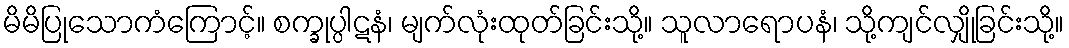
မိမိပြုသောကံကြောင့်။ စက္ခုပ္ပါဋနံ၊ မျက်လုံးထုတ်ခြင်းသို့။ သူလာရောပနံ၊ သို့ကျင်လျှိုခြင်းသို့။